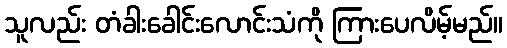
သူလည်း တံခါးခေါင်းလောင်းသံကို ကြားပေလိမ့်မည်။